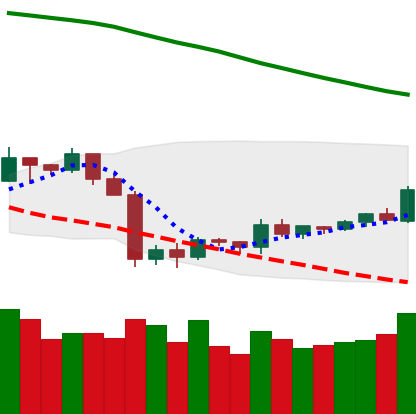
Ticker: TRX-USD
Chart end date: 2019-10-07
Forward return: -3.754%
Label: down_3_5